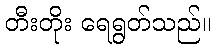
တီးတိုး ရေရွတ်သည်။